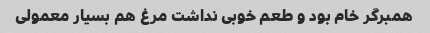
همبرگر خام بود و طعم خوبی نداشت مرغ هم بسیار معمولی